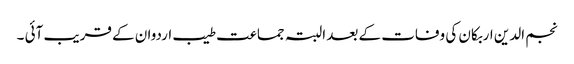
نجم الدین اربکان کی وفات کے بعد البتہ جماعت طیب اردوان کے قریب آئی ۔